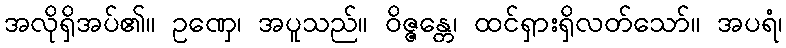
အလိုရှိအပ်၏။ ဥဏှေ၊ အပူသည်။ ဝိဇ္ဇန္တေ၊ ထင်ရှားရှိလတ်သော်။ အပရံ၊